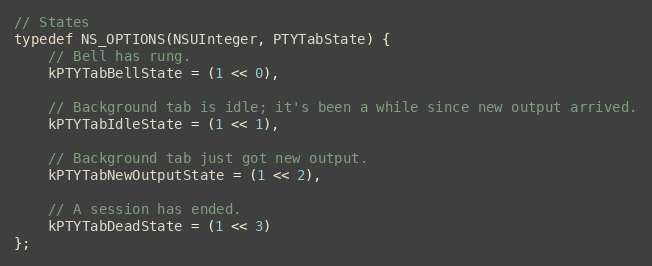
Language: C
// States
typedef NS_OPTIONS(NSUInteger, PTYTabState) {
    // Bell has rung.
    kPTYTabBellState = (1 << 0),

    // Background tab is idle; it's been a while since new output arrived.
    kPTYTabIdleState = (1 << 1),

    // Background tab just got new output.
    kPTYTabNewOutputState = (1 << 2),

    // A session has ended.
    kPTYTabDeadState = (1 << 3)
};